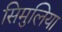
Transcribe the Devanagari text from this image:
सिमुलिया